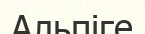
Альпіге